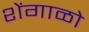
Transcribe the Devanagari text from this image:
शेंगाळो